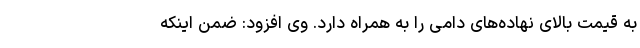
به قیمت بالای نهاده‌های دامی را به همراه دارد. وی افزود: ضمن اینکه